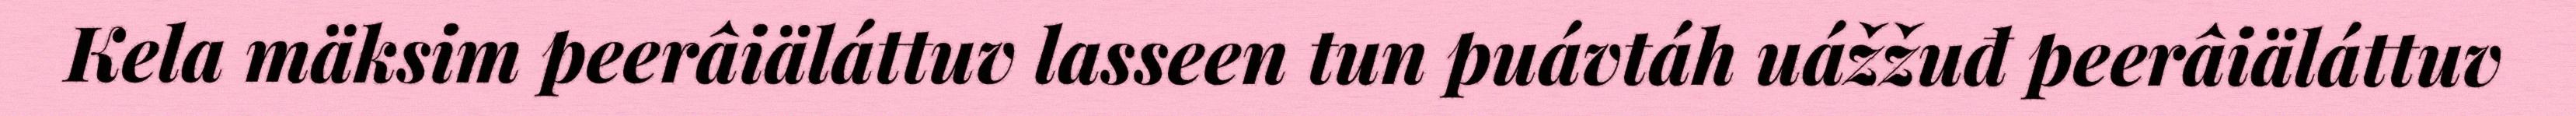
Kela mäksim peerâiäláttuv lasseen tun puávtáh uážžuđ peerâiäláttuv